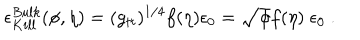
LaTeX: \epsilon _ { K i l l } ^ { B u l k } ( \phi , \eta ) = ( g _ { t t } ) ^ { 1 / 4 } f ( \eta ) \epsilon _ { 0 } = \sqrt { \phi } f ( \eta ) \; \epsilon _ { 0 } \ .